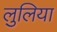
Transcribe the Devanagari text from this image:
लुलिया